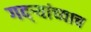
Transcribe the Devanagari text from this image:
गद्र्‍यांच्याच